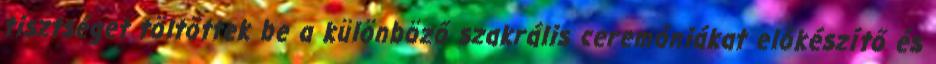
tisztséget töltöttek be a különböző szakrális ceremóniákat előkészítő és